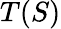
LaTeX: T(S)